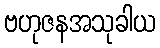
ဗဟုဇနအသုခါယ